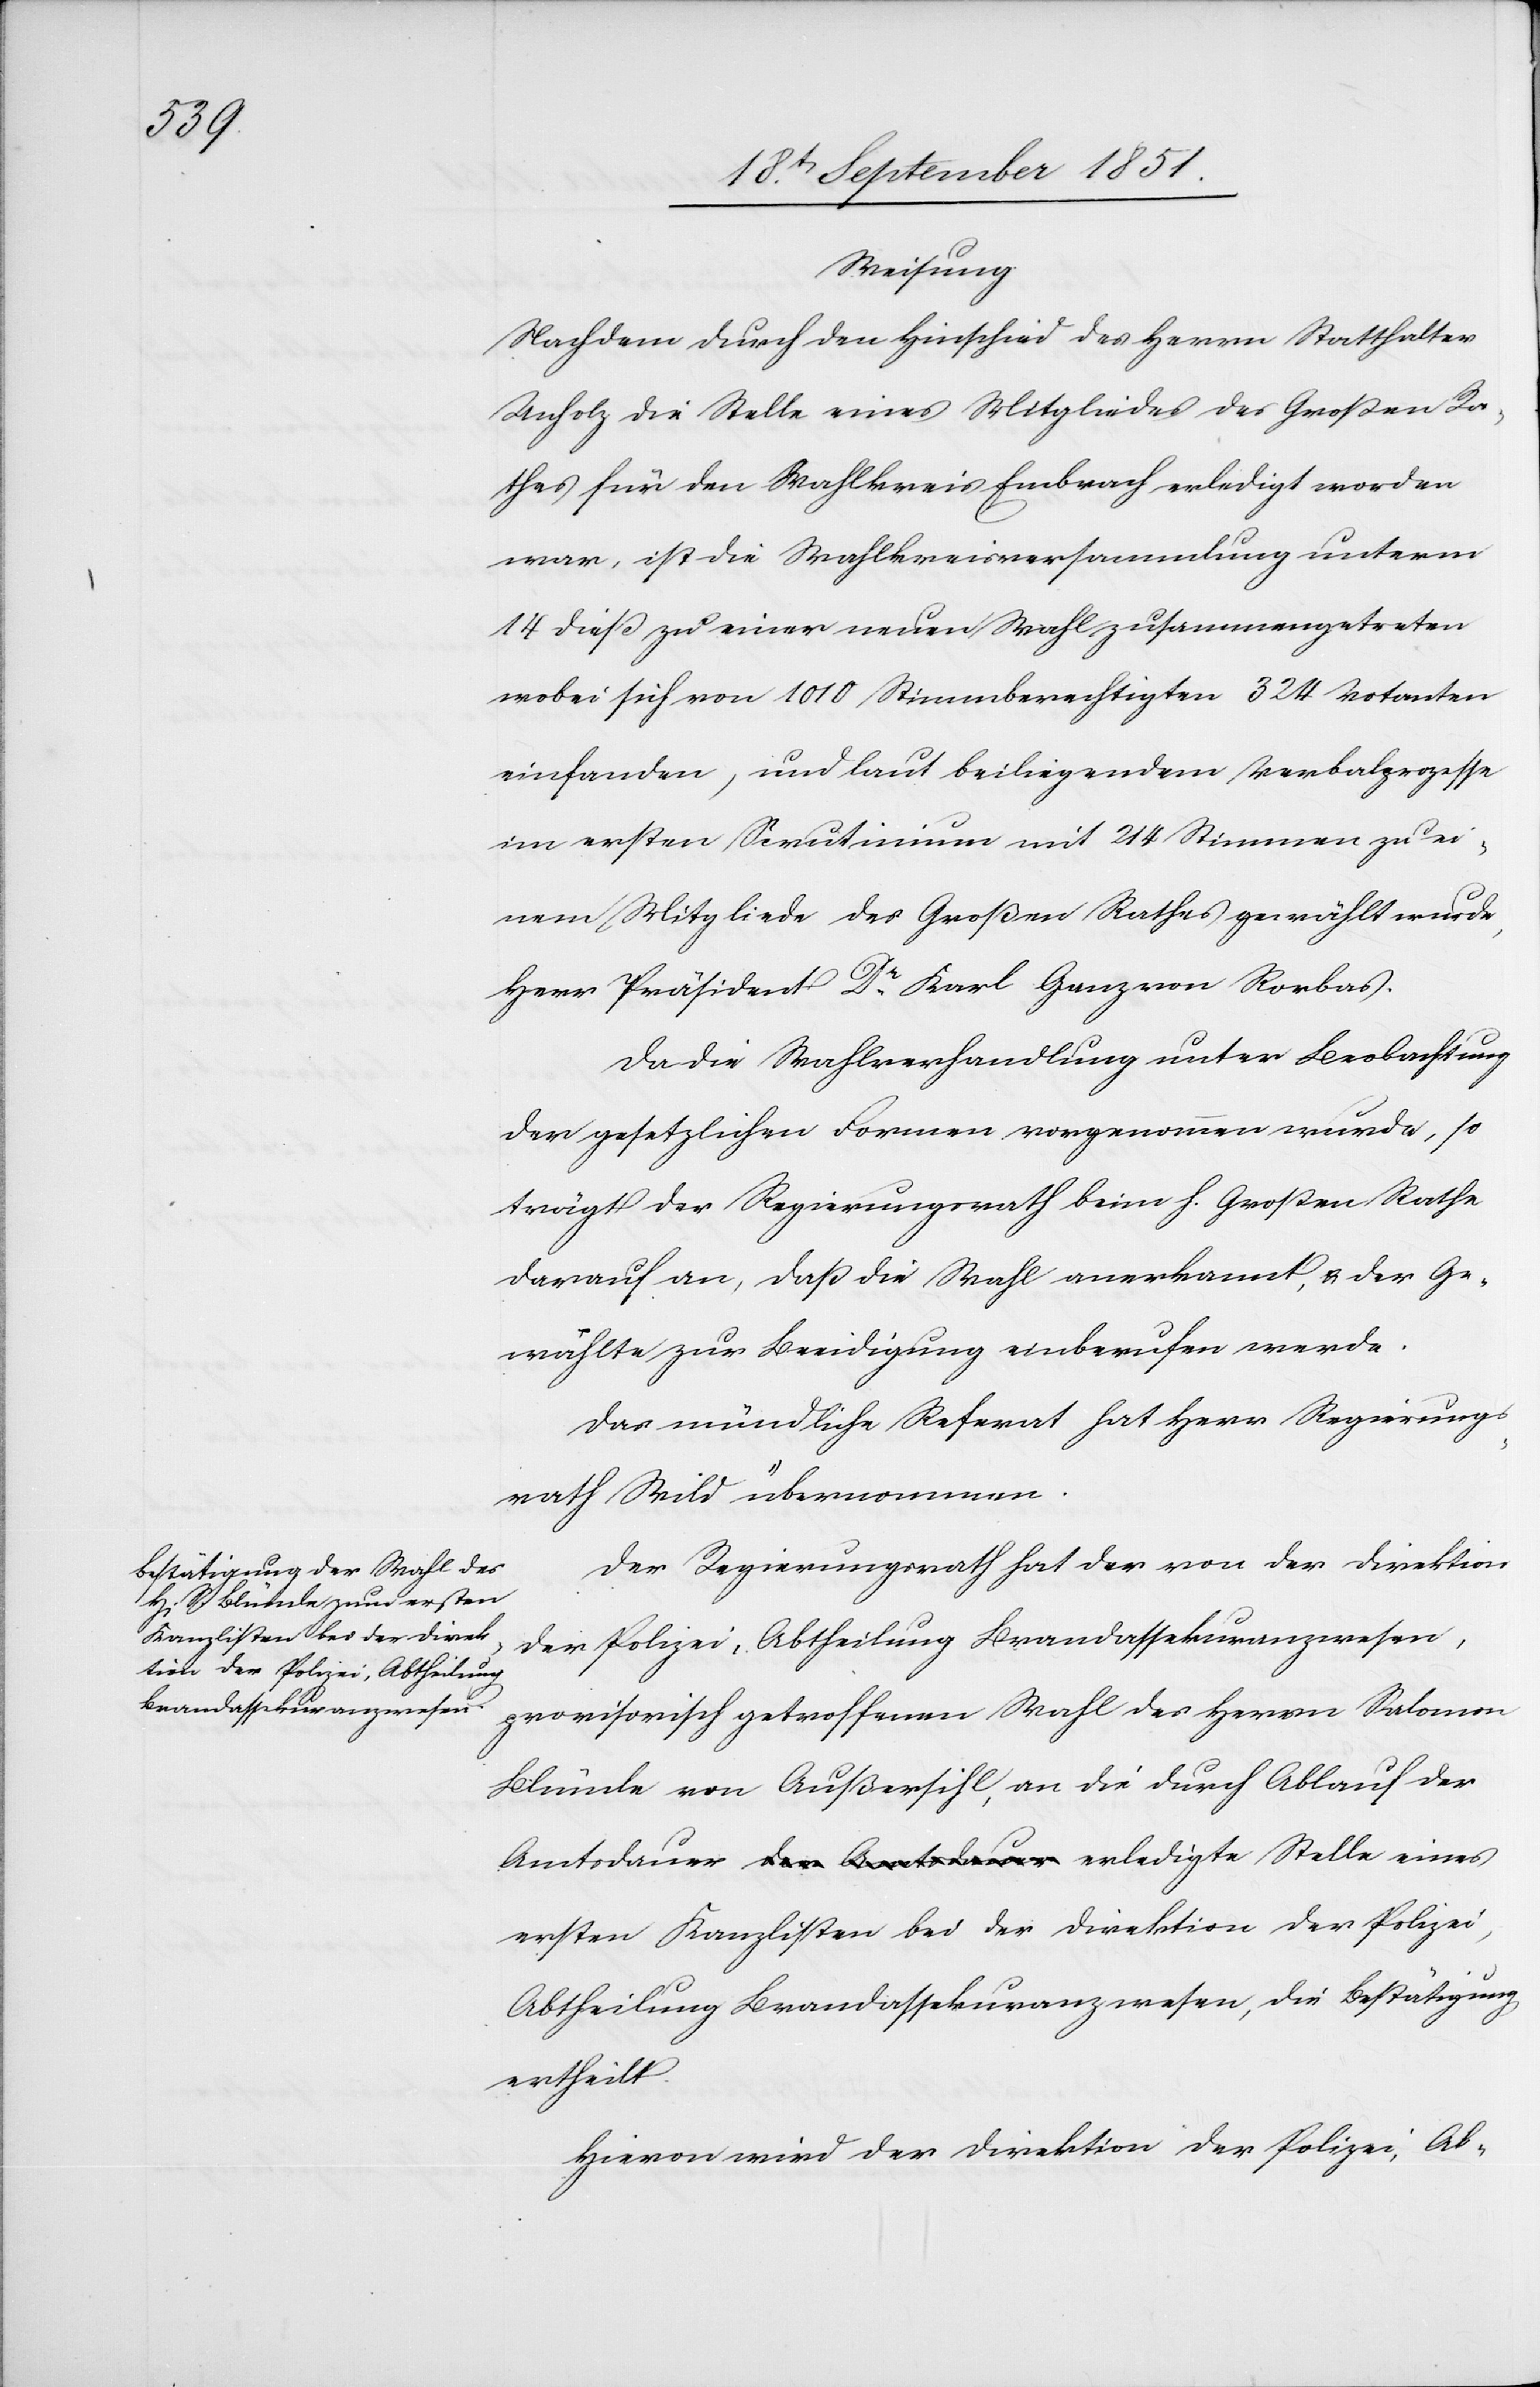
Weisung.
Nachdem durch den Hinschied des Herrn Statthalter
Unholz die Stelle eines Mitgliedes des Großen Ra¬
thes für den Wahlkreis Embrach erledigt worden
war, ist die Wahlkreisversammlung unterm
14 dieß zu einer neuen Wahl zusammengetreten
wobei sich von 1010 Stimmberechtigten 324 Votanten
einfanden, und laut beiliegendem Verbalprozesse
im ersten Scrutinium mit 214 Stimmen zu ei¬
nem Mitgliede des Großen Rathes gewählt wurde,
Herr Präsident Dr. Karl Ganz von Rorbas.
Da die Wahlverhandlung unter Beobachtung
der gesetzlichen Formen vorgenommen wurde, so
trägt der Regierungsrath beim h. Großen Rathe
darauf an, daß die Wahl anerkannt, & der Ge¬
wählte zur Beeidigung einberufen werde.
Das mündliche Referat hat Herr Regierungs¬
rath Wild übernommen.
Der Regierungsrath hat der von der Direktion
der Polizei, Abtheilung Brandassekuranzwesen,
provisorisch getroffenen Wahl des Herrn Salomon
Blümle von Außersihl, an die durch Ablauf der
ersten Kanzlisten bei der Direktion der Polizei,
Abtheilung Brandassekuranzwesen, die Bestätigung
ertheilt.
Hievon wird der Direktion der Polizei, Ab-